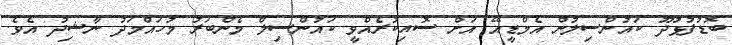
ބޮޑުފުޅުދޫ ކައުންސިލުން އެމްޑީއޭ އަށް ސޮއިކުރެއްވީ ކައުންސިލް މެންބަރު މުހައްމަދު ނާޝިދު އެވެ.